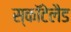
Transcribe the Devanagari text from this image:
स्कॉटेलैड